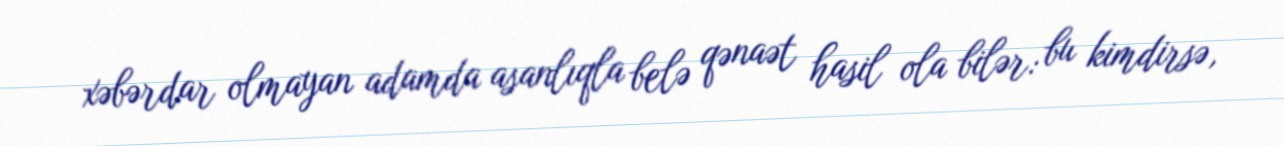
xəbərdar olmayan adamda asanlıqla belə qənaət hasil ola bilər: bu kimdirsə,